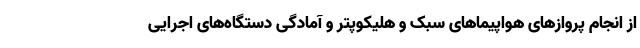
از انجام پروازهای هواپیماهای سبک و هلیکوپتر و آمادگی دستگاه‌های اجرایی